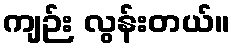
ကျဉ်း လွန်းတယ်။